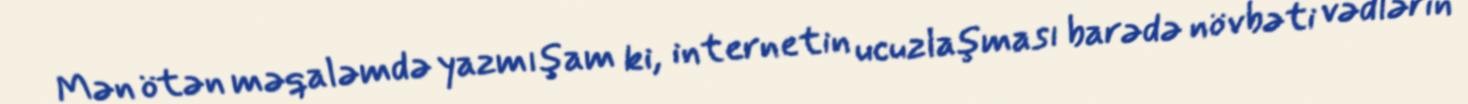
Mən ötən məqaləmdə yazmışam ki, internetin ucuzlaşması barədə növbəti vədlərin